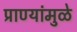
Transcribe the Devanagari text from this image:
प्राण्यांमुळे